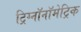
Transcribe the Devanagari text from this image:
ट्रिग्नॉनॉमेट्रिक